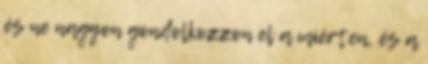
és ne nagyon gondolkozzon el a miérten, és a